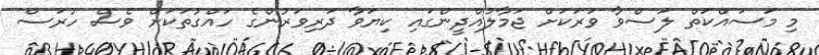
މި މަސައްކަތް ލަސްވާ ވަރަކަށް ޖަމާލުއްދީންގައި ކިޔަވާ ދަރިވަރުންގެ ހައްގުތަކަށް ވެސް ހުރަސް